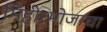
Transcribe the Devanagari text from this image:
मिहीरभोजाचा